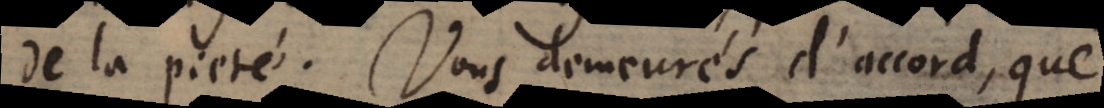
de la pieté. Vous demeurés d’accord, que